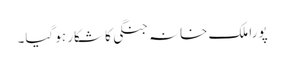
پورا ملک خانہ جنگی کا شکار ہو گیا۔